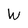
Character: W